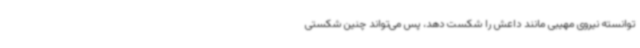
توانسته نیروی مهیبی مانند داعش را شکست دهد، پس می‌تواند چنین شکستی